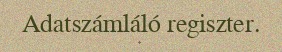
Adatszámláló regiszter.